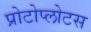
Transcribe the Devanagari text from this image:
प्रोटोप्लोटस